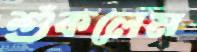
শুঁকলেম